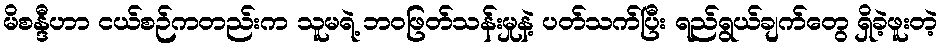
မိစန္ဒီဟာ ငယ်စဉ်ကတည်းက သူမရဲ့ ဘဝဖြတ်သန်းမှုနဲ့ ပတ်သက်ပြီး ရည်ရွယ်ချက်တွေ ရှိခဲ့ဖူးတဲ့